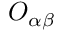
O _ { \alpha \beta }